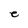
Character: e